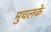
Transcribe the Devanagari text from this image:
मुचलके